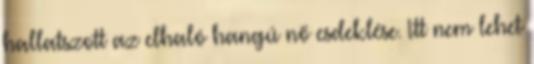
hallatszott az elhaló hangú nő esdeklése. Itt nem lehet